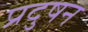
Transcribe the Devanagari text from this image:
प्रदुषन